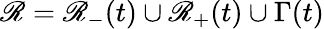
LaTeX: \mathscr{R}=\mathscr{R}_{-}(t)\cup\mathscr{R}_{+}(t)\cup\Gamma(t)